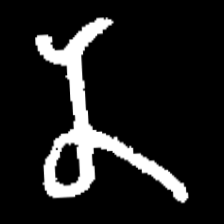
Pyu character \u2014 Myanmar letter: န (romanized: na)